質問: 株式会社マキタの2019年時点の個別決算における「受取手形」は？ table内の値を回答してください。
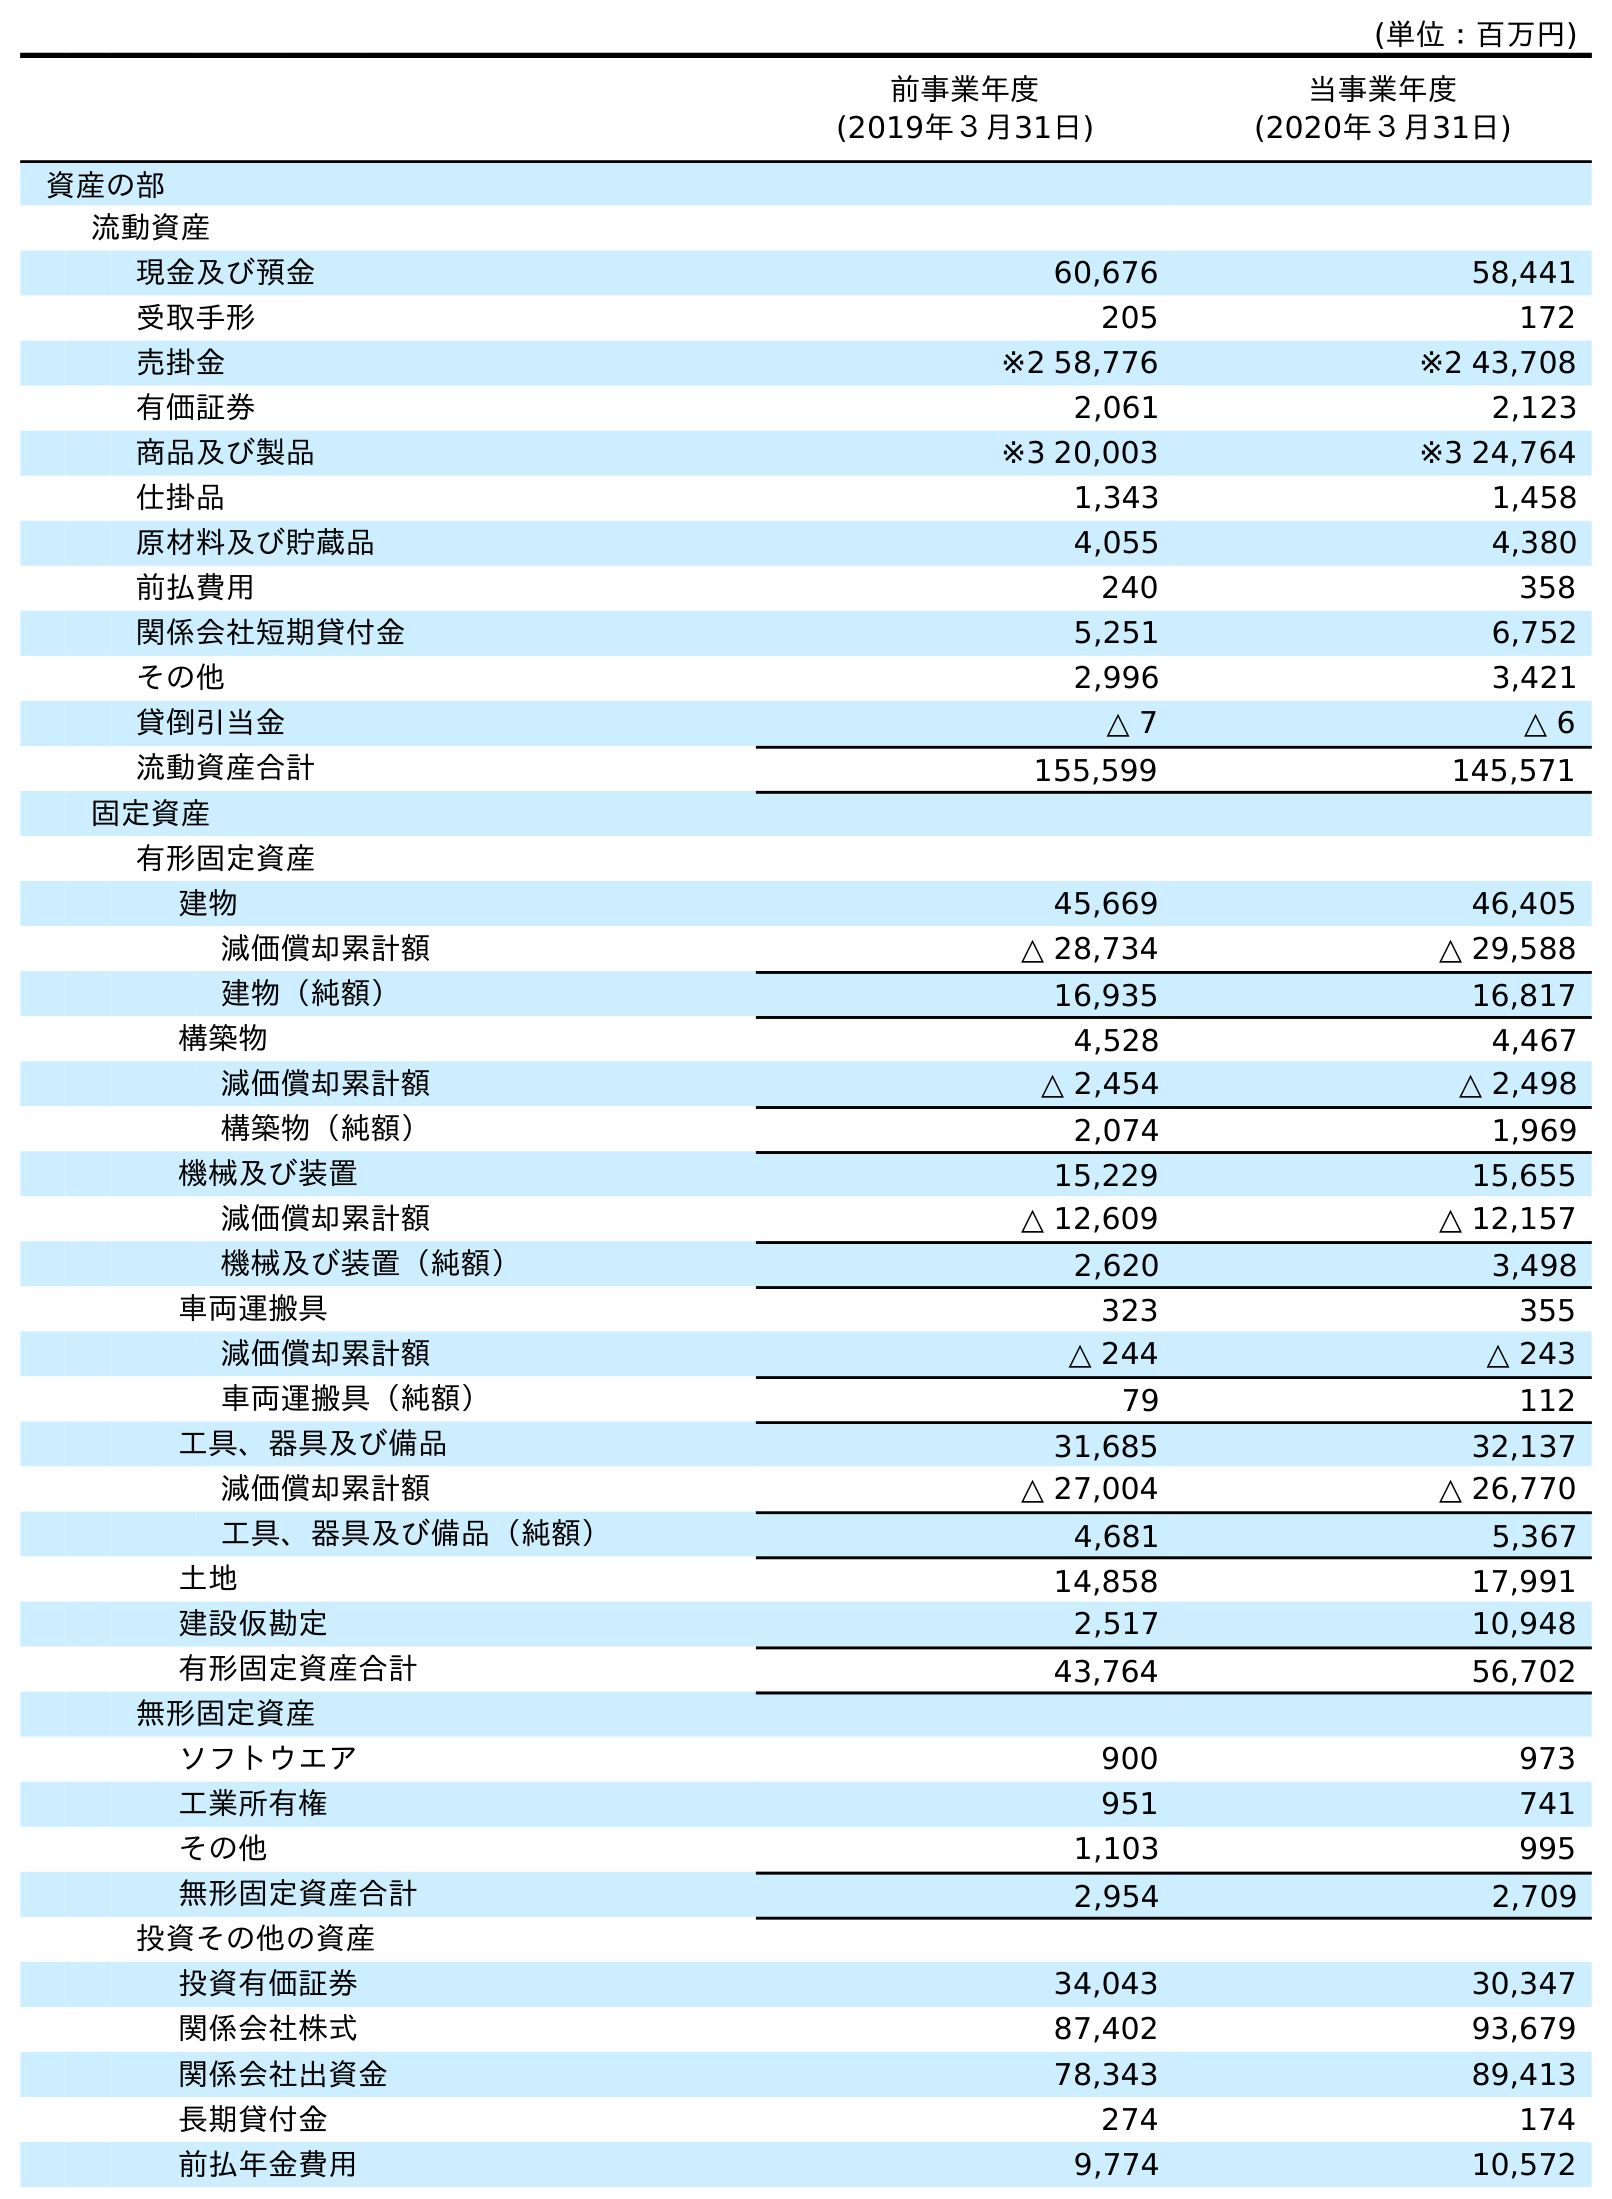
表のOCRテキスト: (単位：百万円) 前事業年度 (2019年３月31日) 当事業年度 (2020年３月31日) 資産の部 流動資産 現金及び預金 60,676 58,441 受取手形 205 172 売掛金 ※2 58,776 ※2 43,708 有価証券 2,061 2,123 商品及び製品 ※3 20,003 ※3 24,764 仕掛品 1,343 1,458 原材料及び貯蔵品 4,055 4,380 前払費用 240 358 関係会社短期貸付金 5,251 6,752 その他 2,996 3,421 貸倒引当金 △ 7 △ 6 流動資産合計 155,599 145,571 固定資産 有形固定資産 建物 45,669 46,405 減価償却累計額 △ 28,734 △ 29,588 建物（純額） 16,935 16,817 構築物 4,528 4,467 減価償却累計額 △ 2,454 △ 2,498 構築物（純額） 2,074 1,969 機械及び装置 15,229 15,655 減価償却累計額 △ 12,609 △ 12,157 機械及び装置（純額） 2,620 3,498 車両運搬具 323 355 減価償却累計額 △ 244 △ 243 車両運搬具（純額） 79 112 工具、器具及び備品 31,685 32,137 減価償却累計額 △ 27,004 △ 26,770 工具、器具及び備品（純額） 4,681 5,367 土地 14,858 17,991 建設仮勘定 2,517 10,948 有形固定資産合計 43,764 56,702 無形固定資産 ソフトウエア 900 973 工業所有権 951 741 その他 1,103 995 無形固定資産合計 2,954 2,709 投資その他の資産 投資有価証券 34,043 30,347 関係会社株式 87,402 93,679 関係会社出資金 78,343 89,413 長期貸付金 274 174 前払年金費用 9,774 10,572
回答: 205